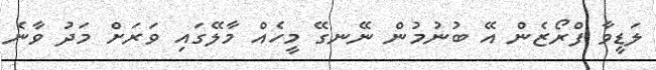
ލަޑީވާ ފްރޯޒެން އޭ ބުނުމުން ނޭނގޭ މީހެއް މާލޭގައި ވަރަށް މަދު ވާނެ